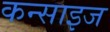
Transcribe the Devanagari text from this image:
कन्साइज